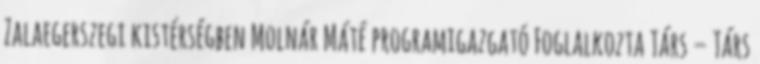
Zalaegerszegi kistérségben Molnár Máté programigazgató Foglalkozta Társ – Társ